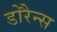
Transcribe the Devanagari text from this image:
डोरैन्स